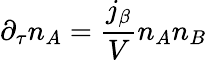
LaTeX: \partial_{\tau}n_{A}=\frac{j_{\beta}}{V}n_{A}n_{B}